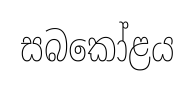
සබකෝළය